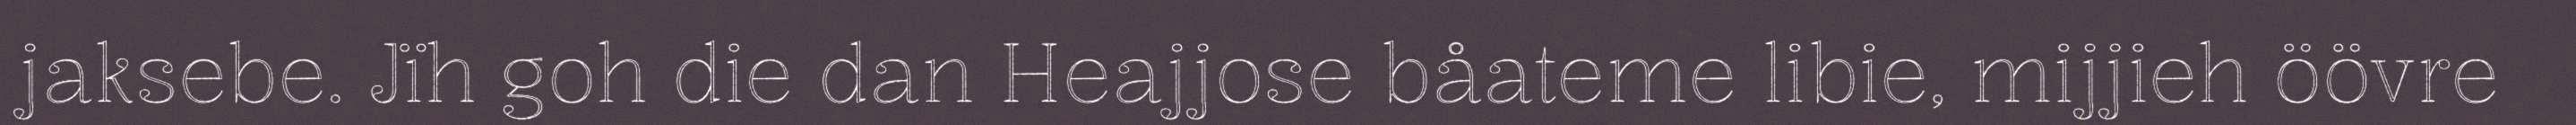
jaksebe. Jïh goh die dan Heajjose båateme libie, mijjieh öövre